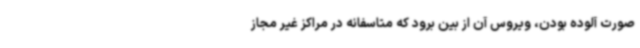
صورت آلوده بودن، ویروس آن از بین برود که متاسفانه در مراکز غیر مجاز